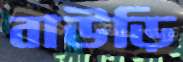
বাউড়ি